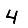
Digit: 4